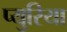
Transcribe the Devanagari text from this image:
प्युरिया